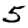
Digit: 5